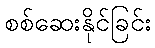
စစ်ဆေးနိုင်ခြင်း